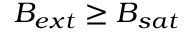
\boldsymbol { B _ { e x t } } \geq B _ { s a t }